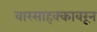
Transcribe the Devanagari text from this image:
वारसाहक्कावरून